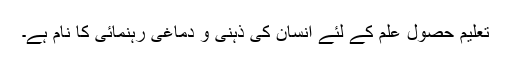
تعلیم حصولِ علم کے لئے انسان کی ذہنی و دماغی رہنمائی کا نام ہے۔